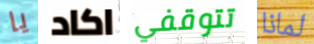
يا اكاد تتوقفي لماذا